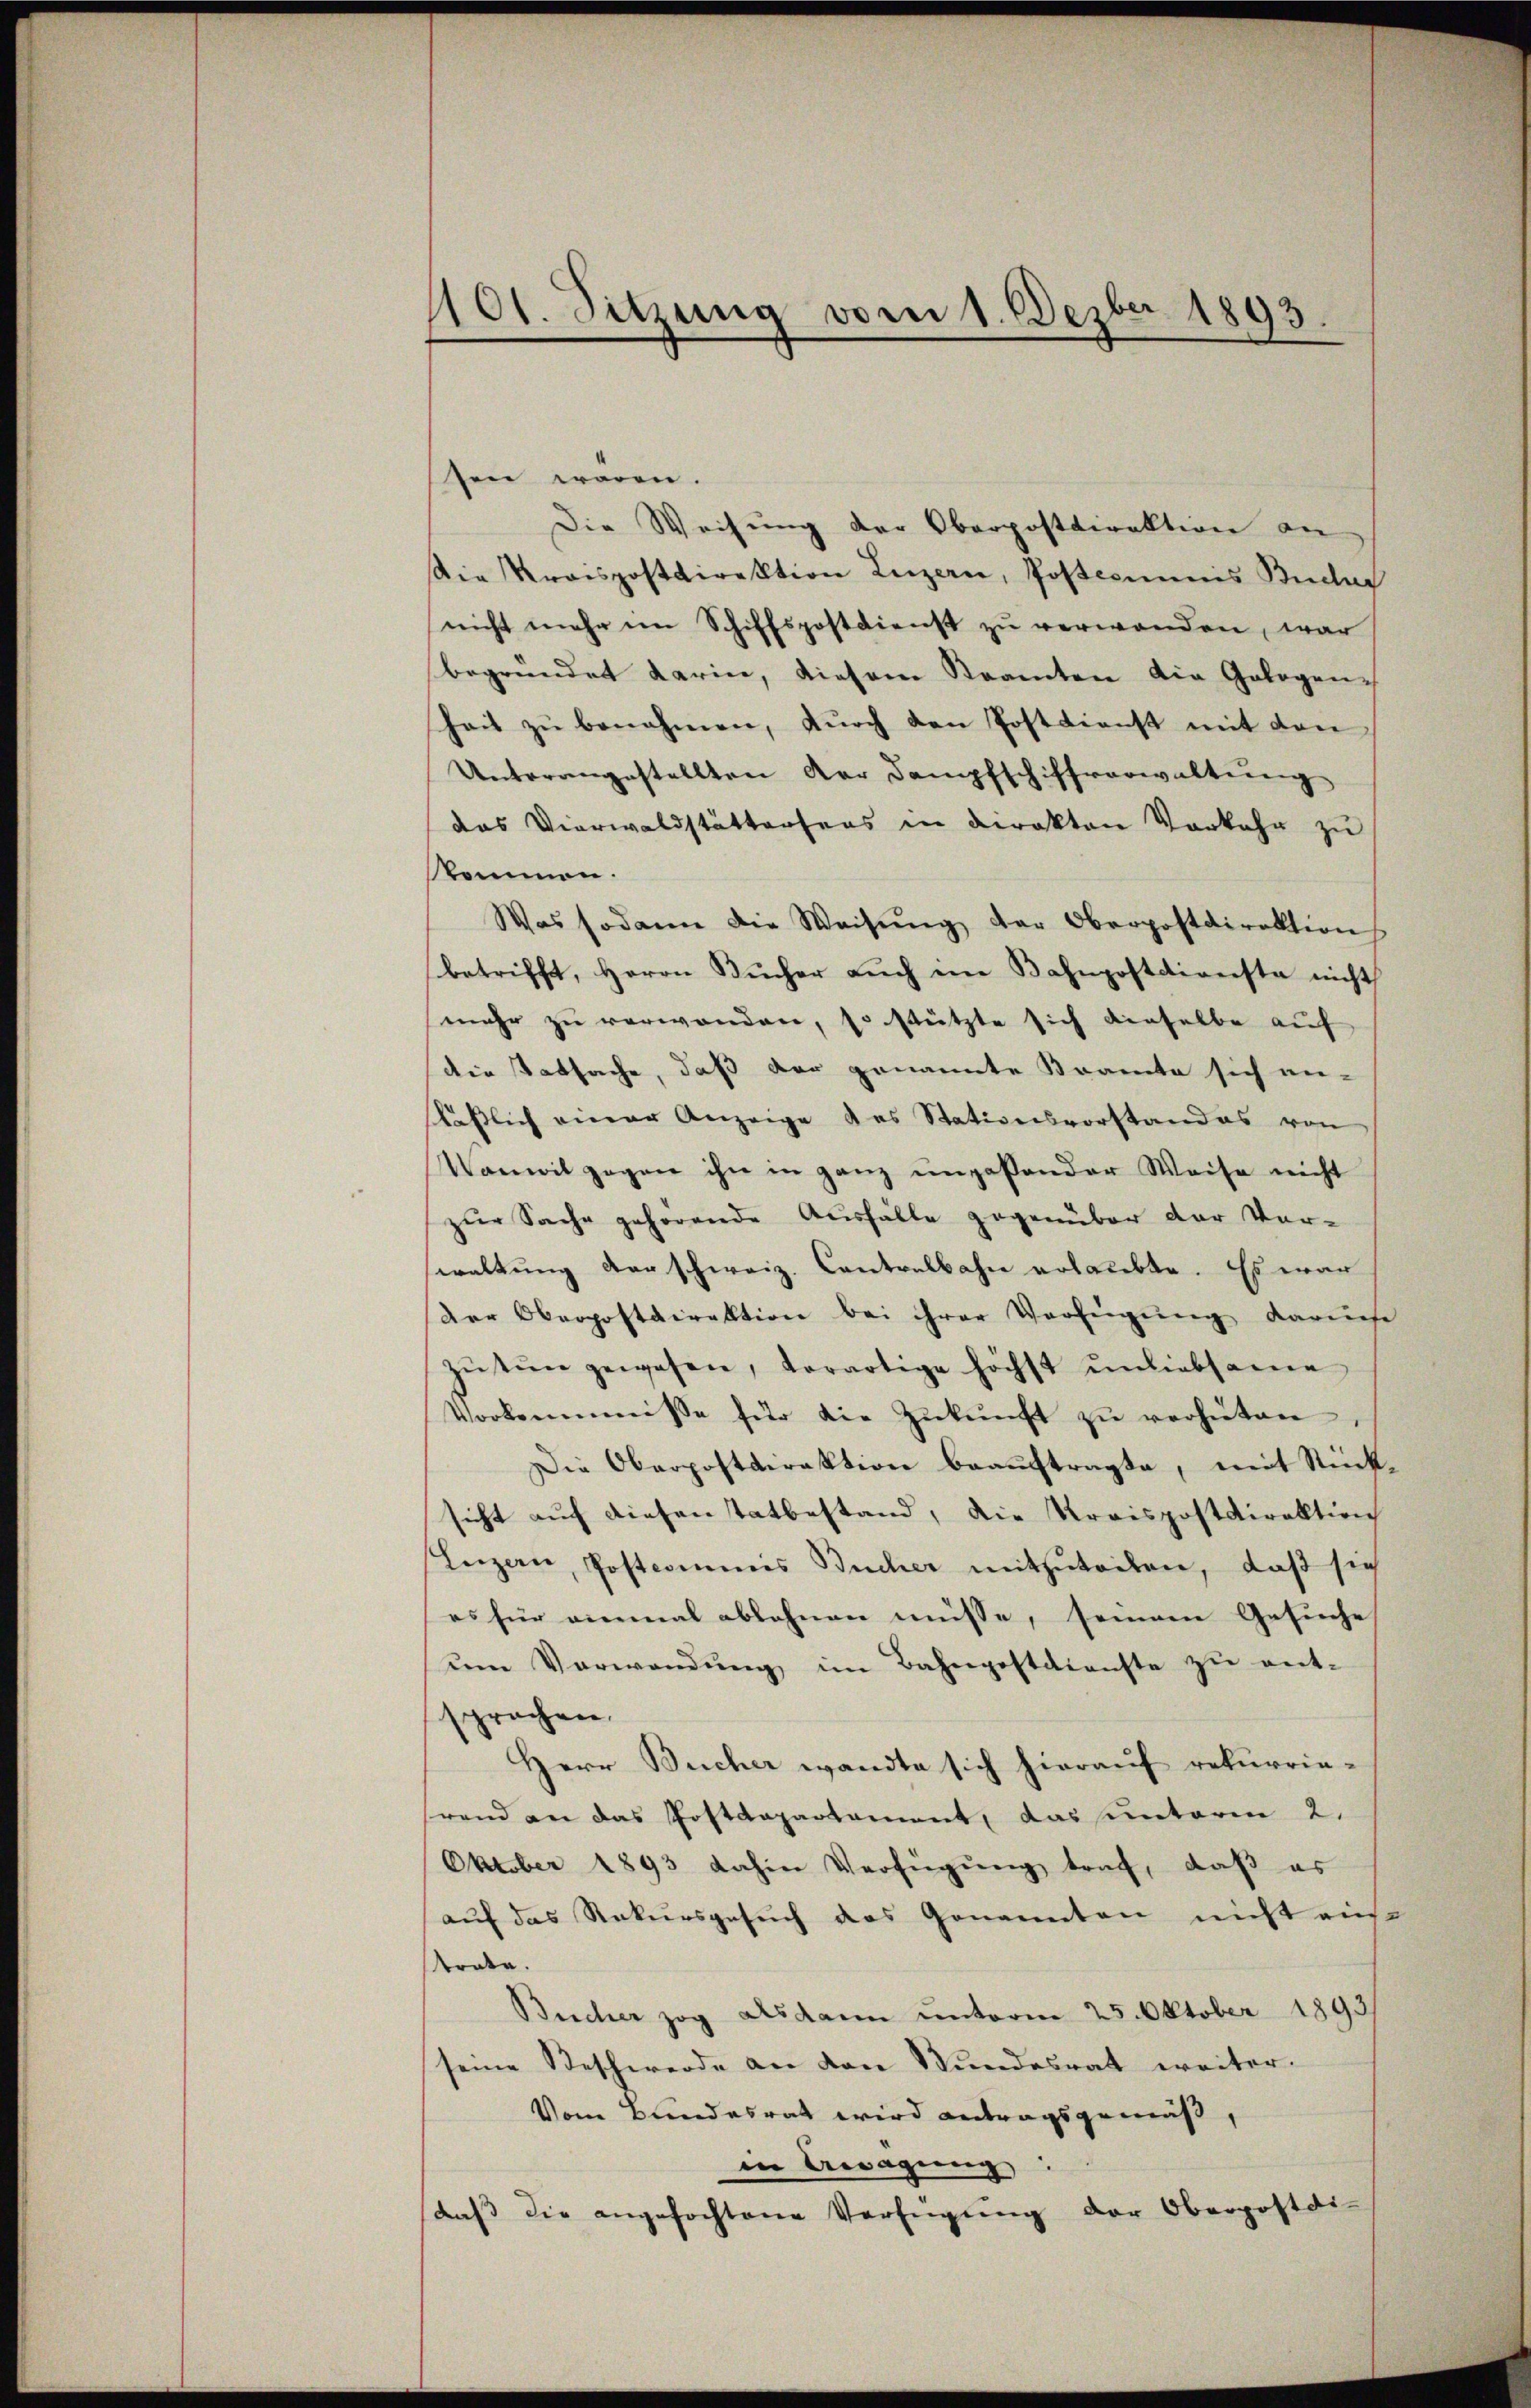
101. Sitzung vom 1. Dezbr. 1893.

ten wären.
Die Weisung der Oberpostdirektion an
Die Kraispostdirektion Luzern, Postemmnis Bucher
nicht mehr im Schiffspostdienst zu verwanden, war
begründet darine, diesene Steamten die Gelegen-
Zeit zu benahmen, durch den Postdienst mit den
Unterangestellten der Dampfschiffvorwaltung
das Vierwaldstättersens in Direkten Vorkehr zu
skommen.
Was sodann die Weisŭng der Oberpostdirektion
betrifft, Herrn Bücher auch im Bahnpostdienste nicht
mehr zu verwanden, so stützte sich dieselbe auf
die Tatsache, daß der genannte Beamte sich an-
kässlich einer Anzeige das Stationsvorstandes von
Vanwil gegen ihn in ganz unpaßender Weise nicht
zur Sache gehörende Ausfälle gegenüber der Vor-
waltung der schweiz. Contralbahn erlaubte. Es war
Der Oberpostdirektion bei ihrer Verfügŭng daruese
zŭtŭn gewesen, derartige höchst ŭnliebsame
Vorkommnisse für die Zŭkŭnft zŭ verhüten,
Die Oberpostdirektion beauftragte, mit Rücksicht auf diesentatbestand, die Kreispostdirektion
Luzern, Postcommis Bücher mitzŭteilen, daß sich
es für einmal ablehnen müsse, seinem Gesuche
ŭm Verwendŭng im Bahnpostdienste zŭ ent-
sprochen.
Herr Bucher wandte sich hierauf rekurrie-
hrend an das Postdepartement, das unterm 2.
Oktober 1893 dahin Verfügung traf, daß es
auf das Rekursgesuch das Genannten nicht aus
strate.
Bucher zog Alsdann unterm 25. Oktober 1893
seine Steschwerde an den Stundesrat weiter.
Vom Bundesrat wird Antragsgemäß,
in Aragung:
daβ die angefochtene Verfügŭng der Oberpostdi¬